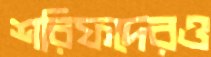
শরিফদেরও